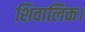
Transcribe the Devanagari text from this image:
शिवालिक।